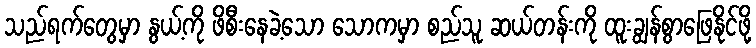
သည်ရက်တွေမှာ နွယ့်ကို ဖိစီးနေခဲ့သော သောကမှာ စည်သူ ဆယ်တန်းကို ထူးချွန်စွာဖြေနိုင်ဖို့